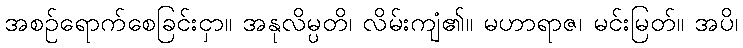
အစဉ်ရောက်စေခြင်းငှာ။ အနုလိမ္ပတိ၊ လိမ်းကျံ၏။ မဟာရာဇ၊ မင်းမြတ်။ အပိ၊